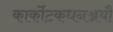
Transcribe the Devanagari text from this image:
कार्कोटकधनञ्जयौ